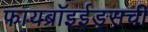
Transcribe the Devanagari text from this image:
फायब्रॉइईड्‌सची